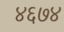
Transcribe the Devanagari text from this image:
४६७४